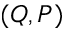
( Q , P )